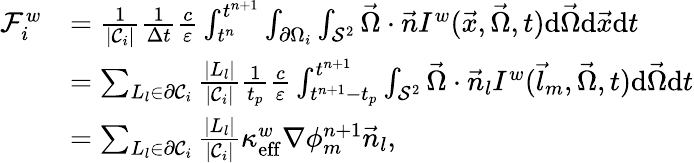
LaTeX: \begin{array}{rl}{\mathcal{F}_{i}^{w}}&{=\frac{1}{|\mathcal{C}_{i}|}\frac{1}{\Delta t}\frac{c}{\varepsilon}\int_{t^{n}}^{t^{n+1}}\int_{\partial\Omega_{i}}\int_{\mathcal{S}^{2}}\vec{\Omega}\cdot\vec{n}I^{w}(\vec{x},\vec{\Omega},t)\mathrm{d}\vec{\Omega}\mathrm{d}\vec{x}\mathrm{d}t}\\ &{=\sum_{L_{l}\in\partial\mathcal{C}_{i}}\frac{|L_{l}|}{|\mathcal{C}_{i}|}\frac{1}{t_{p}}\frac{c}{\varepsilon}\int_{t^{n+1}-t_{p}}^{t^{n+1}}\int_{\mathcal{S}^{2}}\vec{\Omega}\cdot\vec{n}_{l}I^{w}(\vec{l}_{m},\vec{\Omega},t)\mathrm{d}\vec{\Omega}\mathrm{d}t}\\ &{=\sum_{L_{l}\in\partial\mathcal{C}_{i}}\frac{|L_{l}|}{|\mathcal{C}_{i}|}\kappa_{\mathrm{eff}}^{w}\nabla\phi_{m}^{n+1}\vec{n}_{l},}\end{array}